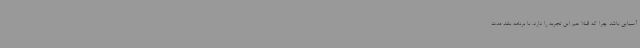
آسیایی باشد چرا که قبلاً هم این تجربه را دارد. با برنامه بلند مدت